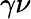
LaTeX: \gamma\nu